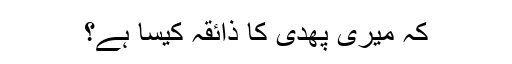
کہ میری پھدی کا ذائقہ کیسا ہے؟